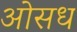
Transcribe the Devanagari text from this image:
ओसध